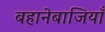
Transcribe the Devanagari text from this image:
बहानेबाजियाँ